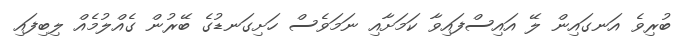
ބުރިވެ އަނގައިން ލޭ އައިސްފައިވާ ކަމަށާއި ނަމަވެސް ހަށިގަނޑުގެ ބޭރުން ގެއްލުމެއް ލިބިފައި